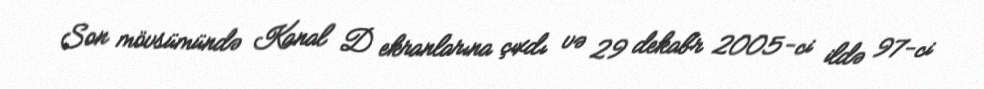
Son mövsümündə Kanal D ekranlarına çıxdı və 29 dekabr 2005-ci ildə 97-ci